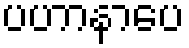
ပဟာနာပေ